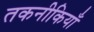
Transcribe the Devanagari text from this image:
तकनीकियाँ